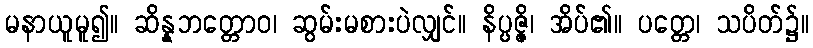
မနာယူမူ၍။ ဆိန္နဘတ္တောဝ၊ ဆွမ်းမစားပဲလျှင်။ နိပ္ပဇ္ဇိ၊ အိပ်၏။ ပတ္တေ၊ သပိတ်၌။